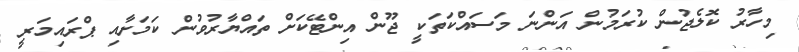
މިހާރު ކޮލެޖުން ކުރަމުން އަންނަ މަސައްކަތަކީ ޖޫން އިންޓޭކަށް ތައްޔާރުވުން ކަމަށާއި ޕްރައިމަރީ